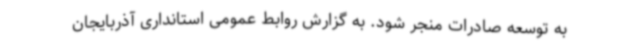
به توسعه صادرات منجر شود. به گزارش روابط عمومی استانداری آذربایجان